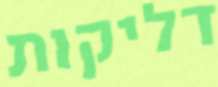
דליקות